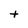
Character: t